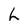
Character: h